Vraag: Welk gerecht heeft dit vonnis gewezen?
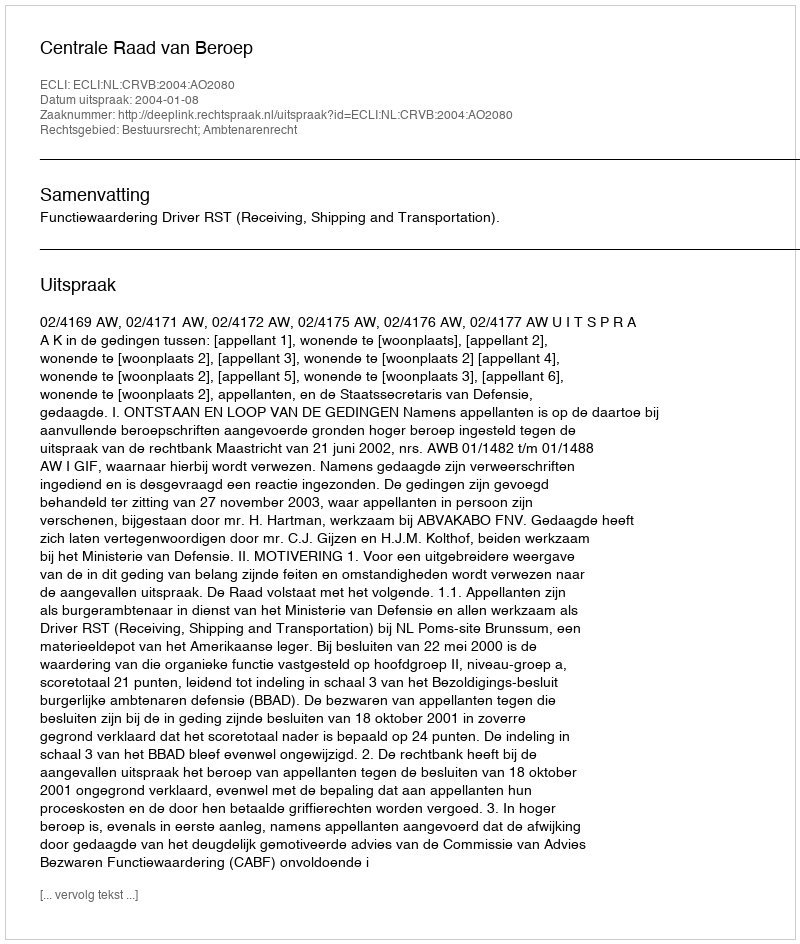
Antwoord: Centrale Raad van Beroep